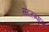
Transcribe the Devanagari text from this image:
सदस्म्पाय